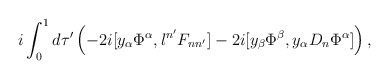
\begin{align*}i \int_0^1 d \tau' \left(-2i [ y_\alpha \Phi^\alpha, l^{n'} F_{nn'}]-2i [y_\beta \Phi^\beta, y_\alpha D_n \Phi^\alpha]\right),\end{align*}